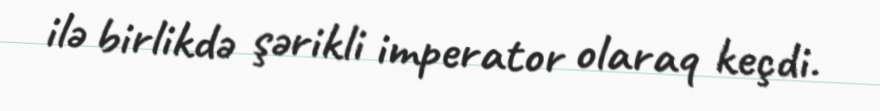
ilə birlikdə şərikli imperator olaraq keçdi.